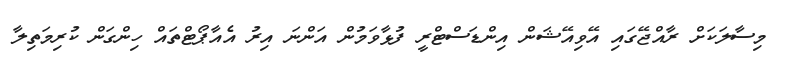
މިސާލަކަށް ރާއްޖޭގައި އޭވިއޭޝަން އިންޑަސްޓްރީ ފުޅާވަމުން އަންނަ އިރު އެއާޕޯޓްތައް ހިންގަން ކުރިމަތިލާ